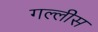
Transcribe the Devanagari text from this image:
गल्लीस